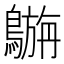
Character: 𪄟